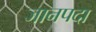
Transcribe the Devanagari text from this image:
जानपदा